Report on sanitation, dispensaries, and jails in Rajputana for 1914, and on vaccination for the year 1914-1915 - 1914-1915
Year: 1914
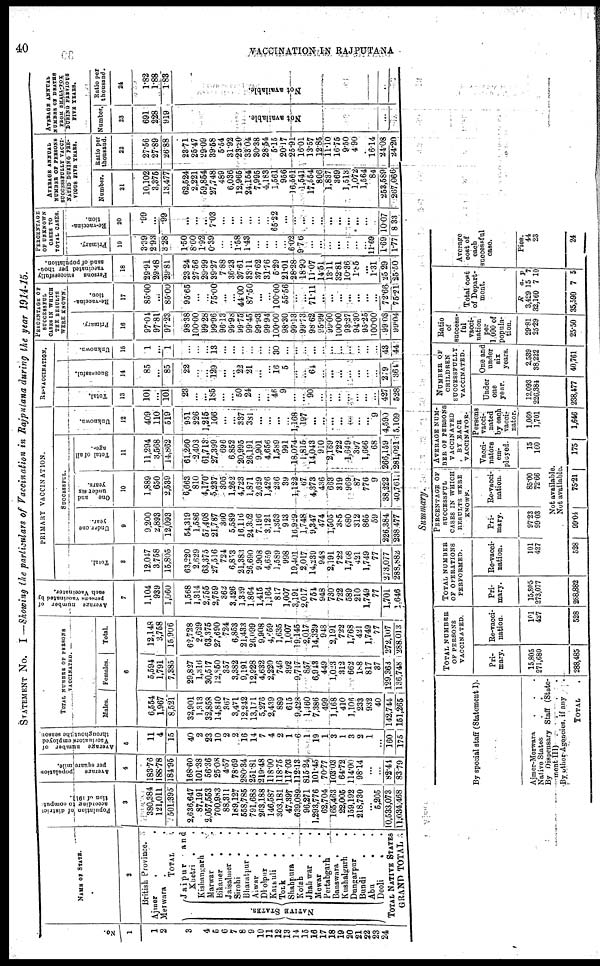
40
VACCINATION IN RAJPUTANA
STATEMENT No. I —Showing the particulars of Vaccination in Rajputana during the year 1914-15.
No.
1
1
2
3
4
5
6
7
8
9
10
11
12
13
14
15
16
17
18
19
20
21
22
23
24
NAME OF STATE.
2
British Province.
Ajmer. .
Merwara . .
TOTAL.
NATIVE STATES.
Jaipur and
Khetri. .
Kishangarh.
Marwar . .
Bikaner. .
Jaisalmer.
.
Sirohi. .
Bharatpur. .
Ajwar . .
Dholpur. .
Karauli. .
Tolk . .
Shahpura. .
Kotah. .
Jhalwar . .
Mewar. .
Pertabgarh. .
Banswara. .
Kushalgarh. .
Dungarpur. .
Bundi . .
Abu. .
Deoli. .
TOTAL NATIVE STATES
GRAND TOTAL .
Population of district
according
to com
tion of 1911.
3
380,384
121,011
501,395
2,636,647
87,191
2,057, 553
700,983
88,311
189,127
558,785
791,688
268,188
146,587
303,181
47,397
639,089
96,271
1,293,776
62,704
166,463
22,006
159,192
218,730
...
5,205
10,533,073
11,034,468
Average
population
per square mile.
4
183.76
188.78
184.95
168.60
101.38
56.36
25.08
4.57
78.69
280.34
251.81
219.48
118.00
118.75
11703
112.13
815.24
10l.40
70.77
103 03
6472
114.00
98.14
...
...
82.41
83.79
Avrage
number of
Vaccination employed
throughout the season
5
11
4
15
40
2
23
10
2
2
16
14
7
4
2
1
6
1
19
1
3
1
3
2
1
...
160
175
TOTAL NUMBER OF PERSONS
VACCINATED.
Males. Females
Total.
6
6,554
1,967
8,521
32,901
1,313
32,858
14,840
367
3,471
12,242
13,171
5,276
2 ,439
889
615
9,428
1,160
7,386
499
1,168
410
l,106
233
932
40
142.744
151,265
5 694
1,791
7,385
29,827
l.316
30,517
12,850
357
3,382
9,191
12,928
4,632
2,220
746
392
9,717
857
6,913
449
1.023
312
662
l88
817
37
129,363
136.748
12,148
3,758
15,906
62,728
2,629
63,375
27,690
724
6,858
21,433
26,099
9,908
4,659
1,635
1,007
19,145
2,017
14,329
948
2,191
722
1,768
421
1,749
77
272,107
288.013
Average numbar of
persons vaccinated by
each vaccinator.
7
1.104
939
1,060
1,568
1,314
2,755
2,759
362
3,426
1.389
1,864
1,415
1,164
817
1,007
3,191
2,017
754
948
730
722
589
210
1,749
77
1,701
1,646
PRIMARY VACCINATION.
Total.
8
12,047
3.758
15,805
63,220
2,629
63,375
27,516
724
6,853
21,383
26,690
9.908
4,659
1,589
998
19,401
2,017
14,239
948
2,191
722
1,768
421
1,749
77
273,077
289,882
SUCCESSFUL.
Under one
year.
9
9,200
2,893
12,093
54,319
1,586
57,408
21,787
360
5,589
16.116
24,302
7.196
3.121
1,353
943
16,929
1,748
9,347
474
1,505
385
680
312
865
59
226.384
238.477
One
and
under
six
years.
10
1,889
650
2,539
6,663
810
4,170
5,237
305
1,282
4,723
1,871
2.629
1,426
236
39
1,122
67
4,373
436
683
319
969
87
776
9
38,222
40,761
Total of all
age.
11
11,294
3,568
14,862
61,260
2,403
61,713
27,399
696
6,852
20,995
28,191
9.901
4,656
1,589
991
18,074
1,815
14,043
910
2,169
722
1,649
397
1,666
68
266,159
281,021
Unknown.
12
409
110
519
951
226
1,215
106
...
...
337
381
...
...
...
...
1,168
197
...
...
...
...
....
...
...
9
4,590
5,109
RE-VACCINATION.
Total.
13
101
...
101
23
...
...
185
...
...
50
24
...
...
46
9
...
...
90
...
...
...
...
...
...
...
427
528
Successful.
14
85
...
85
22
...
...
129
...
...
22
21
...
...
16
5
...
...
64
...
...
...
...
...
...
...
279
369
Unknown.
15
1
...
1
...
...
...
13
...
...
...
...
...
...
30
...
...
...
...
...
...
...
...
...
...
...
43
44
PERCENTAGE OF
SUCCESSFUL
CASES IN WHICH
THE RESULTS
WERE KNOWN.
Primary.
16
97.04
97. 81
97.23
98.38
100.00
99.28
99.96
96.13
99.98
99.76
99.45
99.93
99.94
100.00
98.30
99.13
99.73
98.62
95.99
99.00
100.00
93.27
94.30
95.25
100.00
99.03
Re-vaccins-
tion.
17
85.00
...
85.00
95.65
...
...
75.00
...
...
44.00
87.50
...
...
100.00
55.56
...
...
71.11
...
...
...
...
...
...
...
72.66
75.21
Personas succesfully
vaccinated per thou-
sand
of population.
18
29.91
29.48
29.81
23.24
27.56
29.99
39.27
7.88
36.23
37.61
33.11
37.62
31.76
5.29
21.01
28.28
18.90
11.07
14.51
13.11
32.81
10.36
1.85
...
1.31
25.29
25.30
PERCENTAGE
OF UNENOWN
CASES TO
TOTAL CASES.
Primary.
19
3.39
2.93
328
1.50
8.60
1.92
0.39
...
...
1.58
1.43
...
...
...
...
...
...
...
...
...
...
...
...
11.59
1.69
1.77
Re-vaccina-
tion.
20
.99
...
99
...
...
...
7.03
...
...
...
...
...
...
66.22
...
...
...
...
...
...
...
...
...
...
...
10.07
8.33
AVERAGE OF ANNUAL
NUMBER OF PERSONS
SUCCESSFULLY VACCI-
NATED
DURING PRE-
VIOUS FIVE
YEARS.
Number.
21
10,102
3,375
13,477
62,524
2,221
59,854
27,748
489
6,036
12,965
24,154
7,996
4,183
1,561
956
16,561
1,541
17,554
806
1,837
369
1,513
1,072
1,564
84
253,589
267.066
Ratio per
thousand.
22
27.56
27.89
26.88
23.71
25.47
29.09
39.58
5.54
31.92
23.20
33.04
30.38
28.54
5.15
20.17
25.91
16.01
13.57
12.86
11.10
l6.75
9.50
4.90
16.14
16.14
24.08
24.20
AVERAGE ANNUAL
NUMBER OF DEATHS
FROM SMALL-POX
DURING PREVIOUS
FIVE YEAR.
Number.
23
691
228
919
Not available.
...
...
Ratio per
thousand.
24
1.82
1.88
183
Not available.
...
...
Summary.
By special staff (Statement I).
Ajmer-Merwara . .
Native States. .
By Dispensary Staff (State-
By other Agencies if any. .
TOTAL.
TOTAL NUMBER
OF PERSONS
VACCINATED.
Pri-
mary.
15.805
271,680
288,485
Re-vacci-
nation.
101
427
528
TOTAL NUMBER
OF OPERATIONS
PERFORMED.
Pri-
mary.
15,505
273,077
288,882
Re-vacci-
nation.
101
427
528
PERCENTAGE
OF
SUCCESSFUL
CASES IN WHICH
RESULTS WERE
KNOWN.
Pri-
mary.
97.23
99.03
Rc-vaci-
nation.
85.00
72.66
AVERAGE NUM-
BER OF PERSOS
VACCINATED
BY EACH
VACCINATOR.
Vacci-
nators
em-
pleyed.
15
160
Persons
vacci-
nated
by each
vacci-
nator.
1,060
1,701
Not available.
Not available.
99.04
75.21
175
1,646
NUMBER OF
CHILDREN
SUCCESSFULLY
VACCINATED.
Under
one
year.
12,093
226,384
238,477
One and
under
six
years.
2,539
38,222
40,761
Ratio
of
Success-
ful
vacci-
nation
per
1000 of
popula-
tion.
29.1
25.29
25.50
Total coat
of Depart-
ment.
R
3,429
32,160
35,590
a.
15
7
7
p
7
10
5
Average
cost of
each
sucessful
case.
Pies.
44
23
24